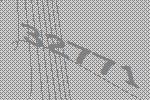
32771